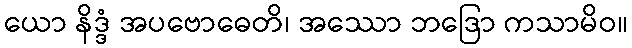
ယော နိဒ္ဒံ အပဗောဓေတိ၊ အဿော ဘဒြော ကသာမိဝ။